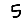
Digit: 5